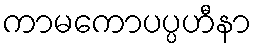
ကာမကောပပ္ပဟီနာ